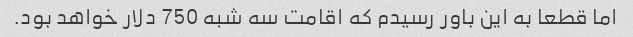
اما قطعا به این باور رسیدم که اقامت سه شبه 750 دلار خواهد بود.